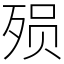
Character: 殒